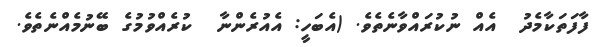
ފާފަތަކާމެދު  އެއް ނުކުރައްވާނެތެވެ. (އެބަހީ: އެއުރެންނާ  ކުރެއްވުމުގެ ބޭނުމެއްނެތެވެ.